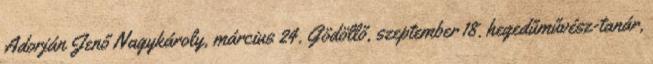
Adorján Jenő Nagykároly, március 24. Gödöllő, szeptember 18. hegedűművész-tanár,